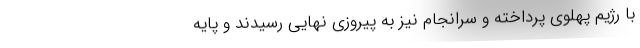
با رژیم پهلوی پرداخته و سرانجام نیز به پیروزی نهایی رسیدند و پایه